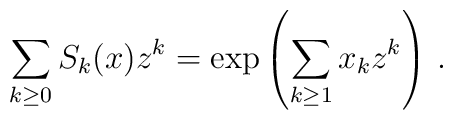
\sum_{k\geq 0}S_k(x)z^k=\exp\left(\sum_{k\geq 1}x_kz^k\right)\,.